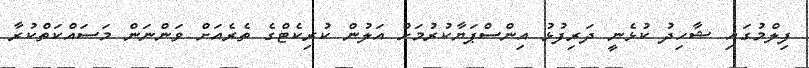
ފިލްމުގައި ޝާހިދު ކުޅެނީ ދަރިފުޅު އިންސްޕަޔާކުރުމަށް އަލުން ކުރިކެޓްގެ ތެރެއަށް ވަންނަން މަސައްކަތްކުރާ